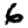
Digit: 6